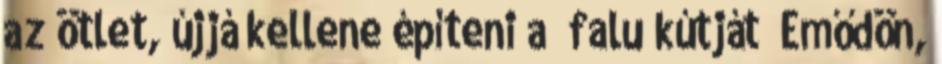
az ötlet, újjá kellene építeni a „falu kútját” Emődön,